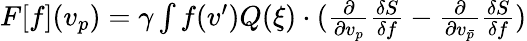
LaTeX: \begin{array}{r}{F[f](v_{p})=\gamma\int f(v^{\prime})Q(\xi)\cdot(\frac{\partial}{\partial v_{p}}\frac{\delta S}{\delta f}-\frac{\partial}{\partial v_{\bar{p}}}\frac{\delta S}{\delta f})}\end{array}